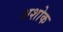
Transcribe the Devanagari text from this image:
अशोक